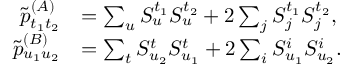
\begin{array} { r l } { \tilde { p } _ { t _ { 1 } t _ { 2 } } ^ { ( A ) } } & { = \sum _ { u } S _ { u } ^ { t _ { 1 } } S _ { u } ^ { t _ { 2 } } + 2 \sum _ { j } S _ { j } ^ { t _ { 1 } } S _ { j } ^ { t _ { 2 } } , } \\ { \tilde { p } _ { u _ { 1 } u _ { 2 } } ^ { ( B ) } } & { = \sum _ { t } S _ { u _ { 2 } } ^ { t } S _ { u _ { 1 } } ^ { t } + 2 \sum _ { i } S _ { u _ { 1 } } ^ { i } S _ { u _ { 2 } } ^ { i } . } \end{array}